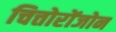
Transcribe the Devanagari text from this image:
चित्तोरोंजोन